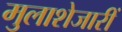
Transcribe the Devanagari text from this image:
मुलाशेजारीं